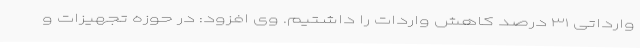
وارداتی ۳۱ درصد کاهش واردات را داشتیم. وی افزود: در حوزه تجهیزات و